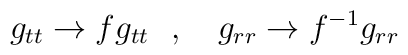
g_{tt}\rightarrow fg_{tt}~~,~~~g_{rr}\rightarrow f^{-1}g_{rr}